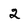
Character: 2